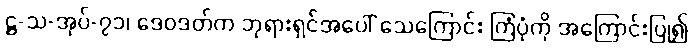
ဋ္ဌ-သ-အုပ်-၇၁၊ ဒေဝဒတ်က ဘုရားရှင်အပေါ် သေကြောင်း ကြံပုံကို အကြောင်းပြု၍